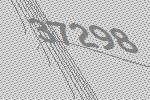
37298